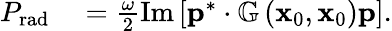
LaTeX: \begin{array}{rl}{P_{\mathrm{rad}}}&{{}=\frac{\omega}{2}\operatorname{Im}\left[\mathbf{p}^{*}\cdot\mathbb{G}\left(\mathbf{x}_{0},\mathbf{x}_{0}\right)\mathbf{p}\right].}\end{array}